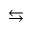
\leftrightarrows